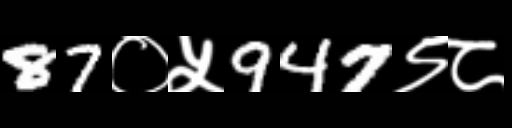
Text: 87०५947९८